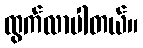
ထွက်လာပါတယ်။